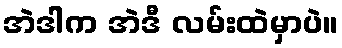
အဲဒါက အဲဒီ လမ်းထဲမှာပဲ။